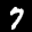
Label: 7